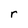
Character: r